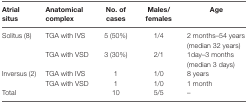
<table><thead><tr><td><b>Atrial situs</b></td><td><b>Anatomical complex</b></td><td><b>No. of cases</b></td><td><b>Males/females</b></td><td><b>Age</b></td></tr></thead><tbody><tr><td rowspan="2">Solitus (8)</td><td>TGA with IVS</td><td>5 (50%)</td><td>1/4</td><td>2 months–54 years (median 32 years)</td></tr><tr><td>TGA with VSD</td><td>3 (30%)</td><td>2/1</td><td>1day–3 months (median 3 days)</td></tr><tr><td rowspan="2">Inversus (2)</td><td>TGA with IVS</td><td>1</td><td>1/0</td><td>8 years</td></tr><tr><td>TGA with VSD</td><td>1</td><td>1/0</td><td>1 month</td></tr><tr><td colspan="2">Total</td><td>10</td><td>5/5</td><td>–</td></tr></tbody></table>